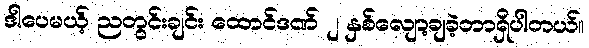
ဒါပေမယ့် ညတွင်းချင်း ထောင်ဒဏ် ၂ နှစ်လျော့ချခဲ့တာရှိပါတယ်။